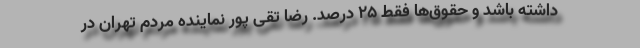
داشته باشد و حقوق‌ها فقط 25 درصد. رضا تقی پور نماینده مردم تهران در